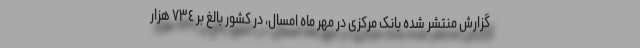
گزارش منتشر شده بانک مرکزی در مهر ماه امسال، در کشور بالغ بر ٧٣٤ هزار